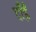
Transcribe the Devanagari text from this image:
दाँईं